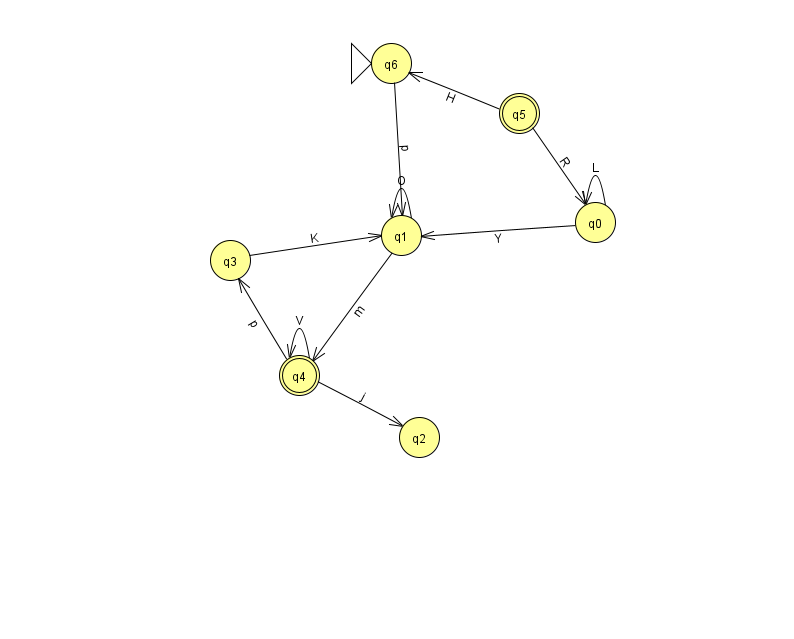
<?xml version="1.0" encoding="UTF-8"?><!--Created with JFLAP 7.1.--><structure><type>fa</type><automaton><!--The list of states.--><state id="0" name="q0"><x>595.0</x><y>209.0</y></state><state id="1" name="q1"><x>401.0</x><y>222.0</y></state><state id="2" name="q2"><x>419.0</x><y>424.0</y></state><state id="3" name="q3"><x>230.0</x><y>247.0</y></state><state id="4" name="q4"><x>299.0</x><y>362.0</y><final/></state><state id="5" name="q5"><x>519.0</x><y>100.0</y><final/></state><state id="6" name="q6"><x>391.0</x><y>50.0</y><initial/></state><!--The list of transitions.--><transition><from>3</from><to>1</to><read>K</read></transition><transition><from>6</from><to>1</to><read>p</read></transition><transition><from>4</from><to>2</to><read>j</read></transition><transition><from>5</from><to>6</to><read>H</read></transition><transition><from>4</from><to>4</to><read>V</read></transition><transition><from>5</from><to>0</to><read>R</read></transition><transition><from>1</from><to>4</to><read>m</read></transition><transition><from>0</from><to>0</to><read>L</read></transition><transition><from>4</from><to>3</to><read>p</read></transition><transition><from>0</from><to>1</to><read>Y</read></transition><transition><from>1</from><to>1</to><read>O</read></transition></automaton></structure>